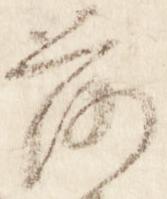
落